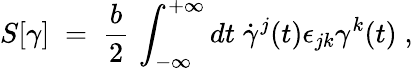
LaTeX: S[\gamma]\; =\; \frac{b}{2}\, \int_{-\infty}^{+\infty}dt\; {\dot{\gamma}}^{j}(t)\epsilon_{jk}\gamma^{k}(t)\; ,